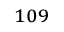
^ { 1 0 9 }